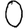
Digit: 0